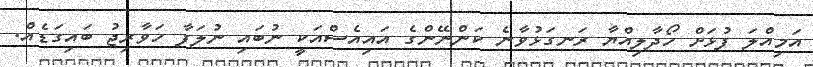
އަމިއްލަ ފުޅަށް ހޯދާލިއްޔާ ރަނގަޅުވާނެ ކަންނޭންގެ އައިއެސްއަކީ ނުބައި ނުލަފާ ހަވާރިޖު ބައިގަޑެއް.